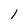
Character: 1